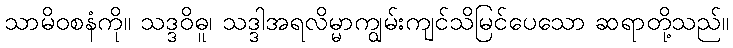
သာမိဝစနံကို။ သဒ္ဒဝိဓူ၊ သဒ္ဒါအရလိမ္မာကျွမ်းကျင်သိမြင်ပေသော ဆရာတို့သည်။